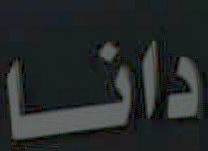
دانا